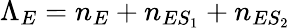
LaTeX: \Lambda_{E}=n_{E}+n_{ES_{1}}+n_{ES_{2}}